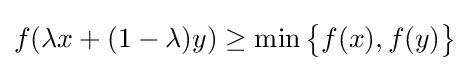
f(\lambda x+(1-\lambda )y)\geq \min {\big \{}f(x),f(y){\big \}}